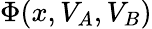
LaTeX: \Phi(x,V_{A},V_{B})